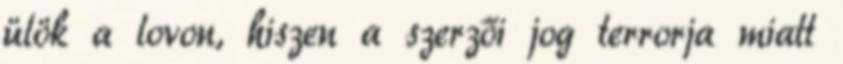
ülök a lovon, hiszen a szerzői jog terrorja miatt